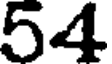
54